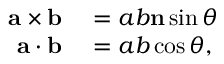
\begin{array} { r l } { \mathbf { a } \times \mathbf { b } } & { { } = a b \mathbf { n } \sin { \theta } } \\ { \mathbf { a } \cdot \mathbf { b } } & { { } = a b \cos { \theta } , } \end{array}